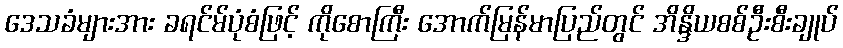
ဒေသခံများအား ခရင်မ်ပုံစံဖြင့် ကိုစောကြီး အောက်မြန်မာပြည်တွင် အိန္ဒိယစစ်ဦးစီးချုပ်